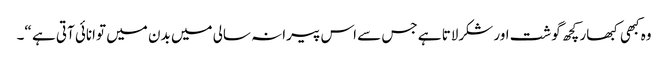
وہ کبھی کبھار کچھ گوشت اور شکرلاتا ہے جس سے اس پیرانہ سالی میں بدن میں توانائی آتی ہے “۔